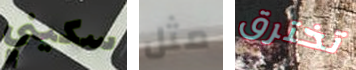
سكيني مثل تخترق